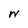
Character: W